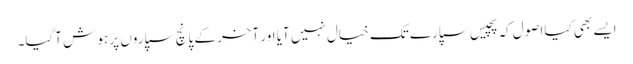
ایسے بھی کیا اصول کہ پچیس سپارے تک خیال نہیں آیا اور آخر کے پانچ سپاروں پر ہو ش آگیا۔